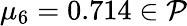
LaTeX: \mu_{6}=0.714\in\mathcal P